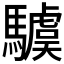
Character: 𩦢